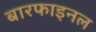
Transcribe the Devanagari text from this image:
बारफाइनल